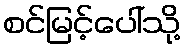
စင်မြင့်ပေါ်သို့